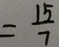
= \frac { 1 5 } { 7 }